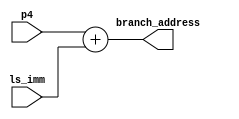
`timescale 1ns / 1ps
//////////////////////////////////////////////////////////////////////////////////
// Company: 
// Engineer: 
// 
// Design Name: 
// Module Name: branch_adder
// Project Name: 
// Target Devices: 
// Tool Versions: 
// Description: 
// 
// Dependencies: 
// 
// Revision:
// Revision 0.01 - File Created
// Additional Comments:
// 
//////////////////////////////////////////////////////////////////////////////////


module branch_adder(p4, ls_imm, branch_address);
    input [31:0] p4;
    input [31:0] ls_imm;
    output wire [31:0] branch_address;
    
    assign branch_address = p4 + ls_imm;
endmodule